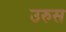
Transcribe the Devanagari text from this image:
उरुस